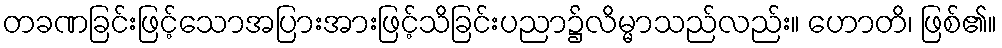
တခဏခြင်းဖြင့်သောအပြားအားဖြင့်သိခြင်းပညာ၌လိမ္မာသည်လည်း။ ဟောတိ၊ ဖြစ်၏။